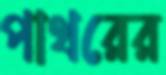
পাথরের